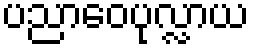
ပညာဝေပုလ္လာယ